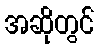
အဆိုတွင်